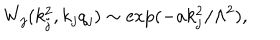
LaTeX: W _ { j } ( k _ { j } ^ { 2 } , k _ { j } q _ { j } ) \sim \exp ( - a k _ { j } ^ { 2 } / \Lambda ^ { 2 } ) ,